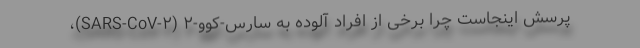
پرسش اینجاست چرا برخی از افراد آلوده به سارس-کوو-۲ (SARS-CoV-۲)،